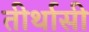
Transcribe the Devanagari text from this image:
तीर्थासी